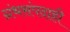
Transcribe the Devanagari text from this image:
ग्रंथसंपदाही